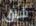
شاق